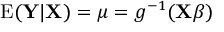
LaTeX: \operatorname { E } ( \mathbf { Y } | \mathbf { X } ) = { \boldsymbol { \mu } } = g ^ { - 1 } ( \mathbf { X } { \boldsymbol { \beta } } )